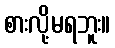
စားလို့မရဘူး။